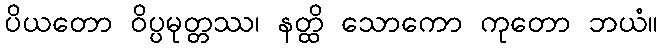
ပိယတော ဝိပ္ပမုတ္တဿ၊ နတ္ထိ သောကော ကုတော ဘယံ။